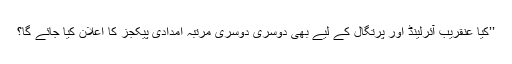
’’کیا عنقریب آئرلینڈ اور پرتگال کے لیے بھی دوسری دوسری مرتبہ امدادی پیکجز کا اعلان کیا جائے گا؟